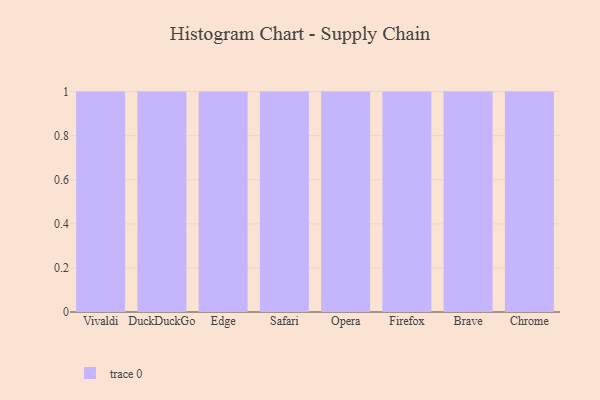
{"axis": {"x": "Browser", "y": "Production Output"}, "legend": [""], "data": [{"x": "Vivaldi", "y": 53, "type": ""}, {"x": "DuckDuckGo", "y": 79, "type": ""}, {"x": "Edge", "y": 24, "type": ""}, {"x": "Safari", "y": 48, "type": ""}, {"x": "Opera", "y": 21, "type": ""}, {"x": "Firefox", "y": 42, "type": ""}, {"x": "Brave", "y": 58, "type": ""}, {"x": "Chrome", "y": 53, "type": ""}]}